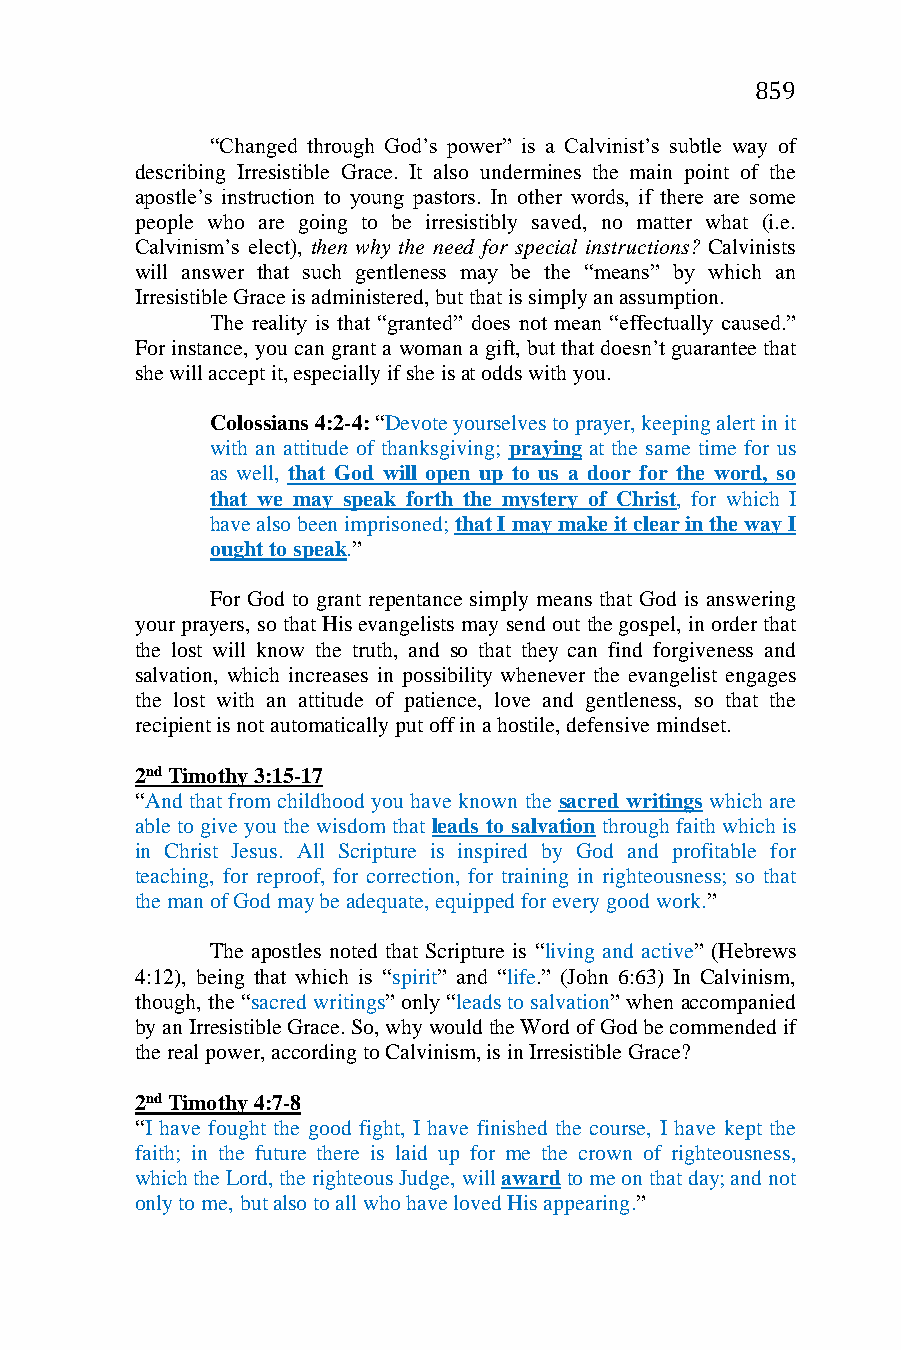
859
 “Changed through God’s power” is a Calvinist’s subtle way of
 describing Irresistible Grace. It also undermines the main point of the
 apostle’s instruction to young pastors. In other words, if there are some
 people who are going to be irresistibly saved, no matter what (i.e.
 Calvinism’s elect), then why the need for special instructions? Calvinists
 will answer that such gentleness may be the “means” by which an
 Irresistible Grace is administered, but that is simply an assumption.
 The reality is that “granted” does not mean “effectually caused.”
 For instance, you can grant a woman a gift, but that doesn’t guarantee that
 she will accept it, especially if she is at odds with you.
 Colossians 4:2-4: “Devote yourselves to prayer, keeping alert in it
 with an attitude of thanksgiving; praying at the same time for us
 as well, that God will open up to us a door for the word, so
 that we may speak forth the mystery of Christ, for which I
 have also been imprisoned; that I may make it clear in the way I
 ought to speak.”
 For God to grant repentance simply means that God is answering
 your prayers, so that His evangelists may send out the gospel, in order that
 the lost will know the truth, and so that they can find forgiveness and
 salvation, which increases in possibility whenever the evangelist engages
 the lost with an attitude of patience, love and gentleness, so that the
 recipient is not automatically put off in a hostile, defensive mindset.
 2nd Timothy 3:15-17
 “And that from childhood you have known the sacred writings which are
 able to give you the wisdom that leads to salvation through faith which is
 in Christ Jesus. All Scripture is inspired by God and profitable for
 teaching, for reproof, for correction, for training in righteousness; so that
 the man of God may be adequate, equipped for every good work.”
 The apostles noted that Scripture is “living and active” (Hebrews
 4:12), being that which is “spirit” and “life.” (John 6:63) In Calvinism,
 though, the “sacred writings” only “leads to salvation” when accompanied
 by an Irresistible Grace. So, why would the Word of God be commended if
 the real power, according to Calvinism, is in Irresistible Grace?
 2nd Timothy 4:7-8
 “I have fought the good fight, I have finished the course, I have kept the
 faith; in the future there is laid up for me the crown of righteousness,
 which the Lord, the righteous Judge, will award to me on that day; and not
 only to me, but also to all who have loved His appearing.”